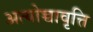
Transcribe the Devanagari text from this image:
अत्योच्चावृत्ति